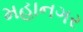
મહાનગર